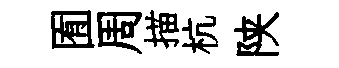
囿周描杭陕